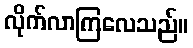
လိုက်လာကြလေသည်။